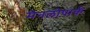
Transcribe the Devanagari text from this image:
मेनलोपार्क